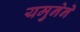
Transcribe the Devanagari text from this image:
यमुनेने